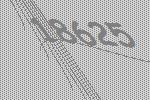
18625